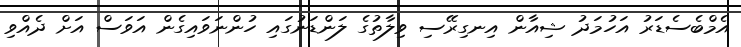
އެމްބެސެޑަރު އަހުމަދު ޝިއާން އިނގިރޭސި ވިލާތުގެ ލަންޑަނުގައި ހުންނަވައިގެން އަވަސް އަށް ދެއްވި